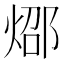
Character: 𰞸